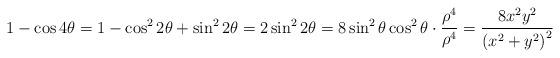
LaTeX: \begin{align*}1-\cos4\theta = 1-\cos^22\theta+\sin^22\theta = 2\sin^22\theta = 8\sin^2\theta\cos^2\theta\cdot\frac{\rho^4}{\rho^4} = \frac{8x^2y^2}{\left(x^2+y^2\right)^2}\end{align*}